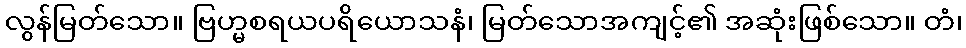
လွန်မြတ်သော။ ဗြဟ္မစရယပရိယောသနံ၊ မြတ်သောအကျင့်၏ အဆုံးဖြစ်သော။ တံ၊